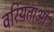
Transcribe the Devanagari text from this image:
वरियताओं